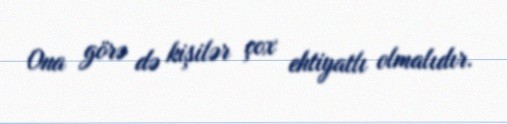
Ona görə də kişilər çox ehtiyatlı olmalıdır.